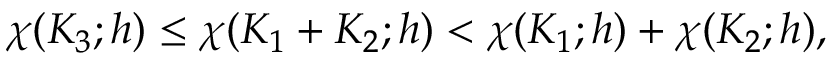
\chi ( K _ { 3 } ; h ) \leq \chi ( K _ { 1 } + K _ { 2 } ; h ) < \chi ( K _ { 1 } ; h ) + \chi ( K _ { 2 } ; h ) ,